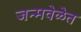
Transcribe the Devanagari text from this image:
जन्मवेळेत